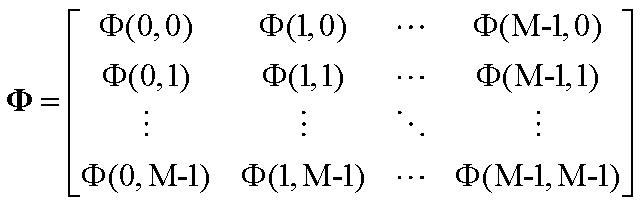
\[
\boldsymbol{\Phi} =
\begin{bmatrix}
\Phi(0,0) & \Phi(1,0) & \cdots & \Phi(M - 1,0) \\
\Phi(0,1) & \Phi(1,1) & \cdots & \Phi(M - 1,1) \\
\vdots & \vdots & \ddots & \vdots \\
\Phi(0,M - 1) & \Phi(1,M - 1) & \cdots & \Phi(M - 1,M - 1)
\end{bmatrix}
\]